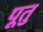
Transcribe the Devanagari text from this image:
पूतु